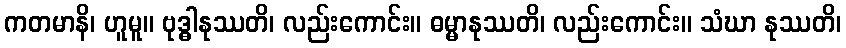
ကတမာနိ၊ ဟူမူ။ ဗုဒ္ဓါနုဿတိ၊ လည်းကောင်း။ ဓမ္မာနုဿတိ၊ လည်းကောင်း။ သံဃာ နုဿတိ၊